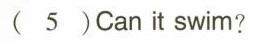
（5） Can it swim?